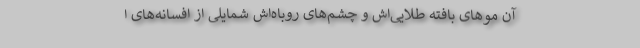
آن موهای بافته طلایی‌اش و چشم‌های روباه‌اش شمایلی از افسانه‌های ا